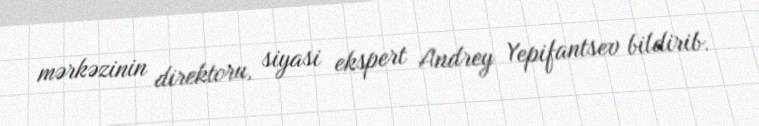
mərkəzinin direktoru, siyasi ekspert Andrey Yepifantsev bildirib.